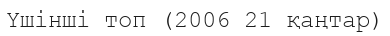
Үшінші топ (2006 21 қаңтар)